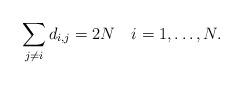
LaTeX: \begin{align*}\sum_{j\not= i} d_{i,j} = 2N \ \ \ i=1,\dots,N.\end{align*}